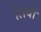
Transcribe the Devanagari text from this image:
लिवों